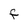
Character: f